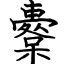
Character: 櫜